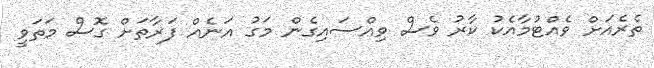
ތެރެއަށް ވެއްޓުމާއެކު ކާރު ވެސް ވިއްސައިގެން މަގު އަނެއް ފަރާތަށް ގޮސް މަތަވީ